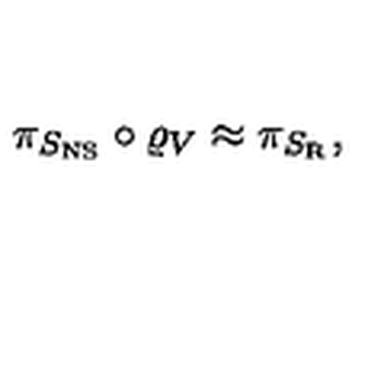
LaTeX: \pi _ { S _ { \mathrm { N S } } } \circ \varrho _ { V } \approx \pi _ { S _ { \mathrm { R } } } ,